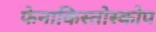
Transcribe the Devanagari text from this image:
फेनाकिस्तोस्कोप